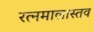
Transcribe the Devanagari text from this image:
रत्नमालास्तव